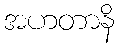
အဟတာနိ